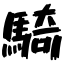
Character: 騎